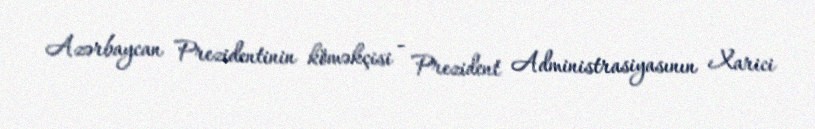
Azərbaycan Prezidentinin köməkçisi - Prezident Administrasiyasının Xarici